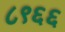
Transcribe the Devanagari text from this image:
८९६६